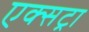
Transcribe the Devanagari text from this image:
एक्‍सट्रा